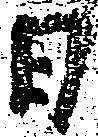
日